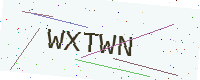
Text: WXTWN